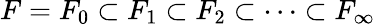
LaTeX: F=F_{0}\subset F_{1}\subset F_{2}\subset\cdots\subset F_{\infty}